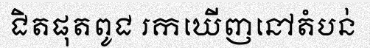
ជិតផុតពូជ រកឃើញនៅតំបន់